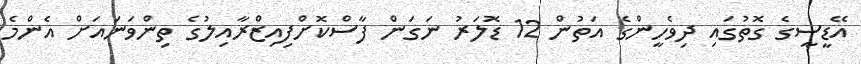
އޭޑީސީގެ ގޮތުގައި ދިވެހީންގެ އަތުން 12 ޑޮލަރު ނަގަން ފާސްކޮށްފިއިޒްރާއިލުގެ ތިންވަނައަށް އެންމެ